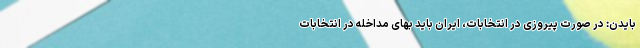
بایدن: در صورت پیروزی در انتخابات، ایران باید بهای مداخله در انتخابات